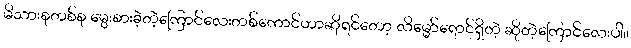
မိသားစုတစ်စု မွေးစားခဲ့တဲ့ကြောင်လေးတစ်ကောင်ဟာဆိုရင်တော့ လိမ္မော်ရောင်ရှိတဲ့ ဆိုတဲ့ကြောင်လေးပါ။